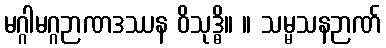
မဂ္ဂါမဂ္ဂဉာဏဒဿန ဝိသုဒ္ဓိ။ ။ သမ္မသနဉာဏ်